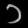
Digit: ၁